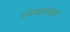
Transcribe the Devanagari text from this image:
संस्थाध्यक्ष